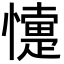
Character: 懥